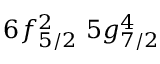
6 f _ { 5 / 2 } ^ { 2 } \, \, 5 g _ { 7 / 2 } ^ { 4 } \, \,